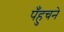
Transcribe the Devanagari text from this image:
पँहुचने